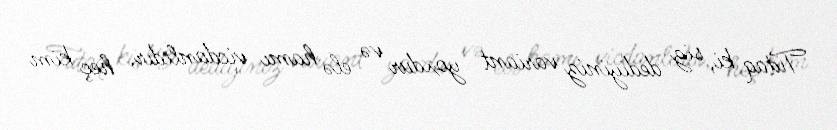
Tutaq ki, siz dediyiniz variant yoxdur və elə hamı vicdanlıdır, heç kim